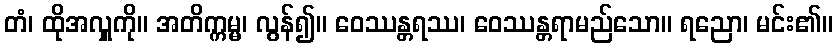
တံ၊ ထိုအလှူကို။ အတိက္ကမ္မ၊ လွန်၍။ ဝေဿန္တရဿ၊ ဝေဿန္တရာမည်သော။ ရညော၊ မင်း၏။